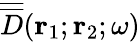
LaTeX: \overline{{\overline{{D}}}}({\mathbf r}_{1};{\mathbf r}_{2};\omega)